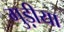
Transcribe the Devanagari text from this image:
गुड़ीया